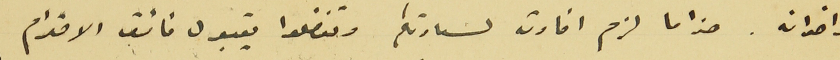
واخوانه. هذا ما لزم افادته لسعادتكم وتفضلوا بقبول فائق الاحترام.